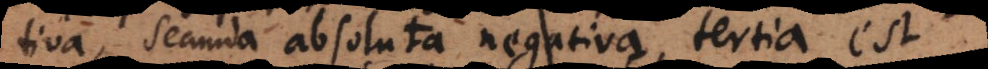
tiva, secunda absoluta negativa, tertia est